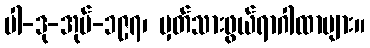
ပါ-ဒု-အုပ်-၁၉၇၊ မှတ်သားဖွယ်ရာဂါထာများ။